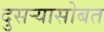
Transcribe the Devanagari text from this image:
दुसऱ्यासोबत